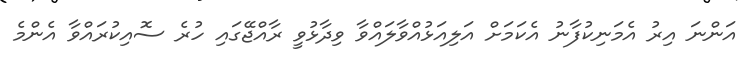
އަންނަ އިރު އެމަނިކުފާނު އެކަމަށް އަލިއަޅުއްވާލައްވާ ވިދާޅުވީ ރާއްޖޭގައި ހުރެ ސޮއިކުރައްވާ އެންމެ